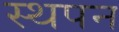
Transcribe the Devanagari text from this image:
स्थपन